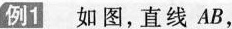
例1如图，直线AB，